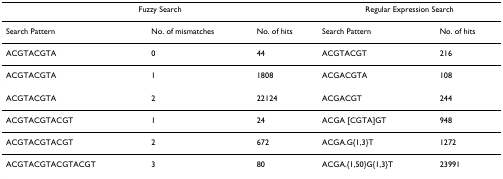
<table><thead><tr><td colspan="3"><b>Fuzzy Search</b></td><td colspan="2"><b>Regular Expression Search</b></td></tr></thead><tbody><tr><td>Search Pattern</td><td>No. of mismatches</td><td>No. of hits</td><td>Search Pattern</td><td>No. of hits</td></tr><tr><td>ACGTACGTA</td><td>0</td><td>44</td><td>ACGTACGT</td><td>216</td></tr><tr><td>ACGTACGTA</td><td>1</td><td>1808</td><td>ACGACGTA</td><td>108</td></tr><tr><td>ACGTACGTA</td><td>2</td><td>22124</td><td>ACGACGT</td><td>244</td></tr><tr><td>ACGTACGTACGT</td><td>1</td><td>24</td><td>ACGA [CGTA]GT</td><td>948</td></tr><tr><td>ACGTACGTACGT</td><td>2</td><td>672</td><td>ACGA.G{1,3}T</td><td>1272</td></tr><tr><td>ACGTACGTACGTACGT</td><td>3</td><td>80</td><td>ACGA.{1,50}G{1,3}T</td><td>23991</td></tr></tbody></table>